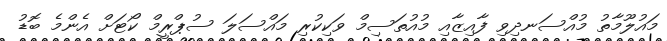
މައުލޫމާތު މުއްސަނދިވި ފާއިޒާއި މުއުތަސިމް ވަކިކުރި މައްސަލަ ސުޕްރީމް ކޯޓަށް އެންމެ ބޮޑު